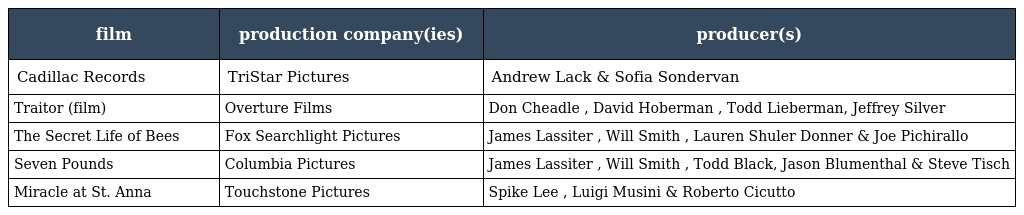
| film | production company(ies) | producer(s) |
 | --- | --- | --- |
 | Cadillac Records | TriStar Pictures | Andrew Lack & Sofia Sondervan |
 | Traitor (film) | Overture Films | Don Cheadle , David Hoberman , Todd Lieberman, Jeffrey Silver |
 | The Secret Life of Bees | Fox Searchlight Pictures | James Lassiter , Will Smith , Lauren Shuler Donner & Joe Pichirallo |
 | Seven Pounds | Columbia Pictures | James Lassiter , Will Smith , Todd Black, Jason Blumenthal & Steve Tisch |
 | Miracle at St. Anna | Touchstone Pictures | Spike Lee , Luigi Musini & Roberto Cicutto |